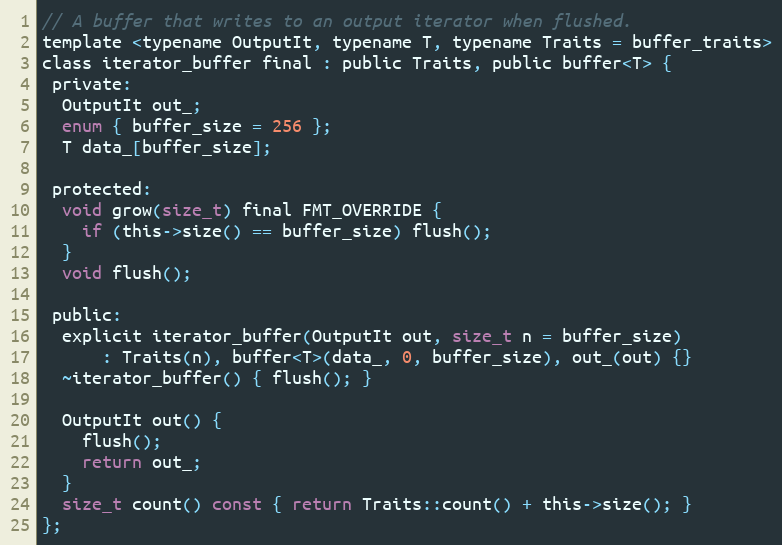
Language: C
// A buffer that writes to an output iterator when flushed.
template <typename OutputIt, typename T, typename Traits = buffer_traits>
class iterator_buffer final : public Traits, public buffer<T> {
 private:
  OutputIt out_;
  enum { buffer_size = 256 };
  T data_[buffer_size];

 protected:
  void grow(size_t) final FMT_OVERRIDE {
    if (this->size() == buffer_size) flush();
  }
  void flush();

 public:
  explicit iterator_buffer(OutputIt out, size_t n = buffer_size)
      : Traits(n), buffer<T>(data_, 0, buffer_size), out_(out) {}
  ~iterator_buffer() { flush(); }

  OutputIt out() {
    flush();
    return out_;
  }
  size_t count() const { return Traits::count() + this->size(); }
};